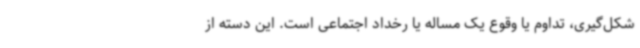
شکل‌گیری، تداوم یا وقوع یک مساله یا رخداد اجتماعی است. این دسته از